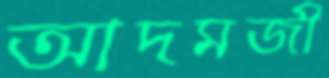
আদমজী